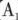
C.1.2A0.3A D.1.5A0.3A